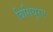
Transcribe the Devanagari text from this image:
बिसियुरए